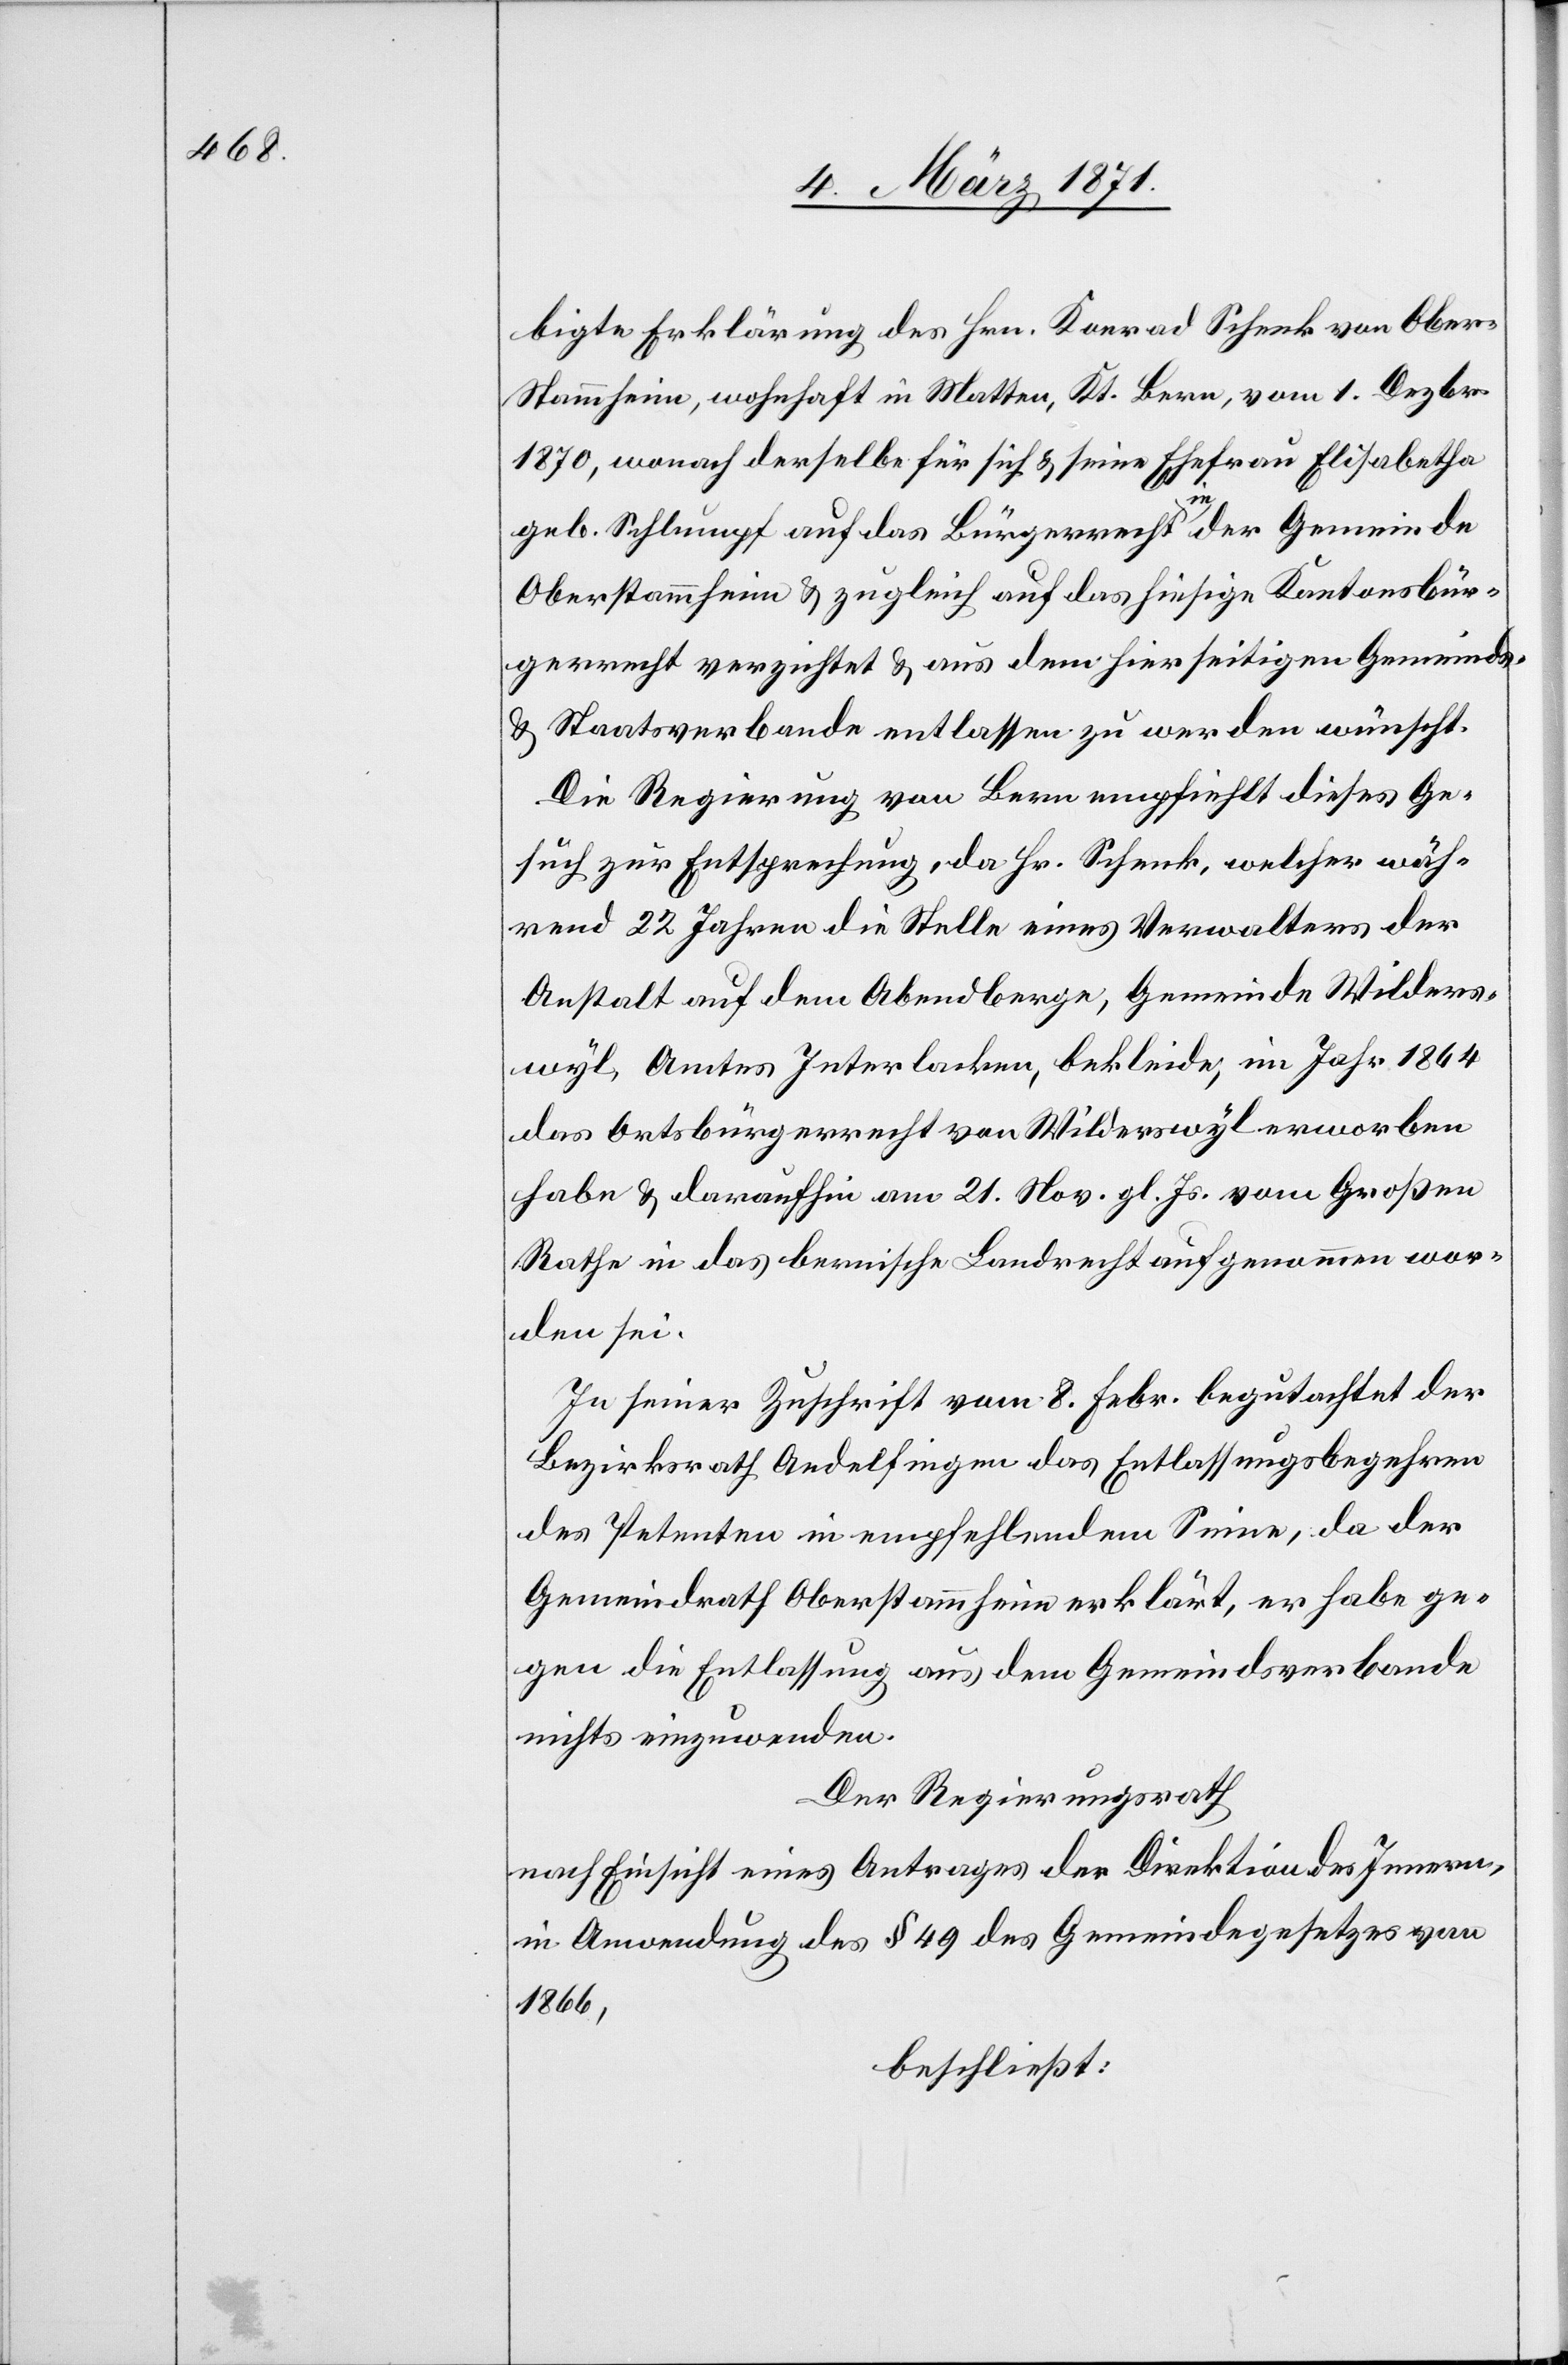
bigte Erklärung des Hrn. Konrad Schenk von Ober¬
stammheim, wohnhaft in Matten, Kt. Bern, vom 1. Dezbr.
1870, wonach derselbe für sich u. seine Ehefrau Elisabetha
geb. Schlumpf auf das Bürgerrecht in der Gemeinde
Oberstammheim u. zugleich auf das hiesige Kantonsbür¬
gerrecht verzichtet u. aus dem hierseitigen Gemeinds-
u. Staatsverbande entlassen zu werden wünscht.
Die Regierung von Bern empfiehlt dieses Ge¬
such zur Entsprechung, da Hr. Schenk, welcher wäh¬
rend 22 Jahren die Stelle eines Verwalters der
Anstalt auf dem Abendberge, Gemeinde Wilders¬
wyl, Amtes Interlacken, bekleide, im Jahr 1864
das Ortsbürgerrecht von Wilderswyl erworben
habe u. daraufhin am 21. Nov. gl. Js. vom Großen
Rathe in das bernische Landrecht aufgenommen wor¬
den sei.
In seiner Zuschrift vom 8. Febr. begutachtet der
Bezirksrath Andelfingen das Entlassungsbegehren
des Petenten in empfehlendem Sinne, da der
Gemeindrath Oberstammheim erklärt, er habe ge¬
gen die Entlassung aus dem Gemeindsverbande
nichts einzuwenden.
Der Regierungsrath
nach Einsicht eines Antrages der Direktion des Innern,
in Anwendung des § 49 des Gemeindegesetzes von
1866,
beschließt: